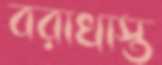
বরাখাস্ত